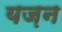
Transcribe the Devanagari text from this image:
यज़न